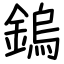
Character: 鎢